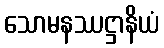
သောမနဿဋ္ဌာနိယံ